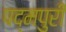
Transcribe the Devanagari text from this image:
पद्मपुरी